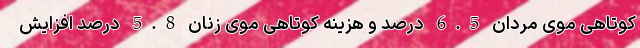
کوتاهی موی مردان 6.5 درصد و هزینه کوتاهی موی زنان 5.8 درصد افزایش